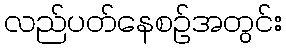
လည်ပတ်နေစဉ်အတွင်း